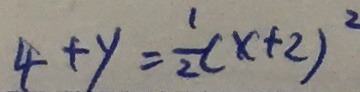
4 + y = \frac { 1 } { 2 } ( x + 2 ) ^ { 2 }